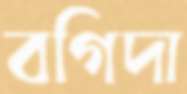
বগিদা